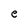
Character: e